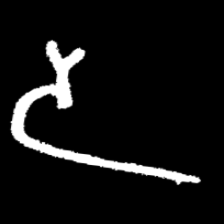
Pyu character \u2014 Myanmar letter: ဒ (romanized: da)